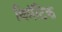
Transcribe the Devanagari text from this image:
थिमॅटिक